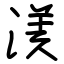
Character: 湵